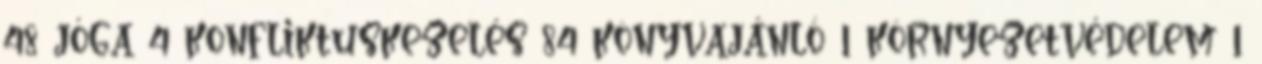
48 jóga 4 konfliktuskezelés 84 könyvajánló 1 környezetvédelem 1